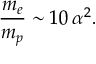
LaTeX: { \frac { m _ { e } } { m _ { p } } } \sim 1 0 \, \alpha ^ { 2 } .